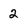
Character: 2